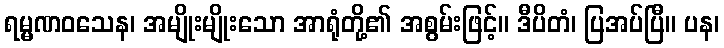
ရမ္မဏဝသေန၊ အမျိုးမျိုးသော အာရုံတို့၏ အစွမ်းဖြင့်။ ဒီပိတံ၊ ပြအပ်ပြီ။ ပန၊